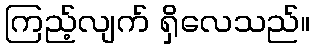
ကြည့်လျက် ရှိလေသည်။